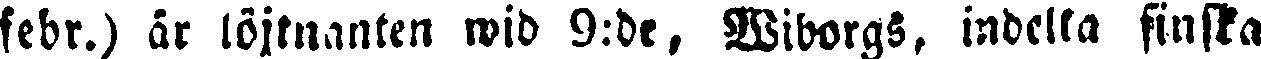
febr.) är löjtnanten wid 9:de, Wiborgs, indelta finska